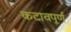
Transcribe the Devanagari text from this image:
कटावपूर्ण